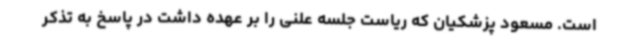
است. مسعود پزشکیان که ریاست جلسه علنی را بر عهده داشت در پاسخ به تذکر